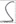
Text: S